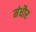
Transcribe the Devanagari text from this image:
मंधौर